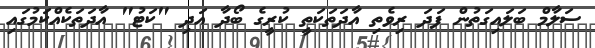
ސަލާމް ބަލައިގަތުން ފަދަ ރިވެތި އާދަތަކަތީ ކުރީގެ ބޯދާ އަދި "ކަޓު" އާދަތަކެއްކަމުގައި